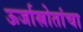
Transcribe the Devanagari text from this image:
ऊर्जास्रोतांचा